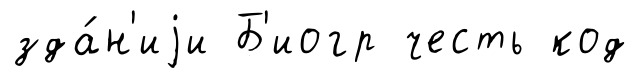
зда́н'иjи Б'иогр честь код